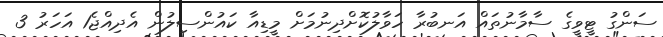
ސަންގު ޓީވީގެ ސާމާނުތައް އަނބުރާ ހަވާލުކޮށްދިނުމަށް މީޑިއާ ކައުންސިލުން އެދިއްޖެ1 އަހަރު 3